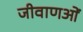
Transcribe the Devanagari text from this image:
जीवाणओं